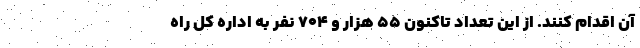
آن اقدام کنند. از این تعداد تاکنون ۵۵ هزار و ۷۰۴ نفر به اداره کل راه